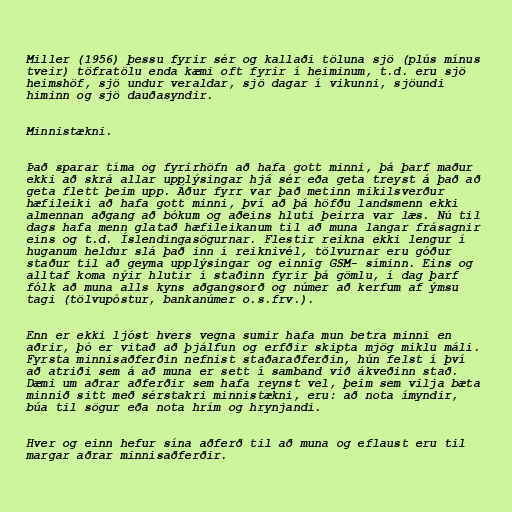
Miller (1956) þessu fyrir sér og kallaði töluna sjö (plús mínus
tveir) töfratölu enda kæmi oft fyrir í heiminum, t.d. eru sjö
heimshöf, sjö undur veraldar, sjö dagar í vikunni, sjöundi
himinn og sjö dauðasyndir.

Minnistækni.

Það sparar tíma og fyrirhöfn að hafa gott minni, þá þarf maður
ekki að skrá allar upplýsingar hjá sér eða geta treyst á það að
geta flett þeim upp. Áður fyrr var það metinn mikilsverður
hæfileiki að hafa gott minni, því að þá höfðu landsmenn ekki
almennan aðgang að bókum og aðeins hluti þeirra var læs. Nú til
dags hafa menn glatað hæfileikanum til að muna langar frásagnir
eins og t.d. Íslendingasögurnar. Flestir reikna ekki lengur í
huganum heldur slá það inn í reiknivél, tölvurnar eru góður
staður til að geyma upplýsingar og einnig GSM- síminn. Eins og
alltaf koma nýir hlutir í staðinn fyrir þá gömlu, í dag þarf
fólk að muna alls kyns aðgangsorð og númer að kerfum af ýmsu
tagi (tölvupóstur, bankanúmer o.s.frv.).

Enn er ekki ljóst hvers vegna sumir hafa mun betra minni en
aðrir, þó er vitað að þjálfun og erfðir skipta mjög miklu máli.
Fyrsta minnisaðferðin nefnist staðaraðferðin, hún felst í því
að atriði sem á að muna er sett í samband við ákveðinn stað.
Dæmi um aðrar aðferðir sem hafa reynst vel, þeim sem vilja bæta
minnið sitt með sérstakri minnistækni, eru: að nota ímyndir,
búa til sögur eða nota hrím og hrynjandi.

Hver og einn hefur sína aðferð til að muna og eflaust eru til
margar aðrar minnisaðferðir.